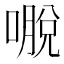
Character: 𭊕